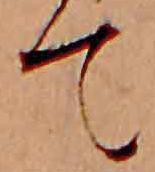
て